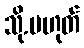
သို.မဟုတ်